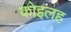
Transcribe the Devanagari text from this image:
कोइलह